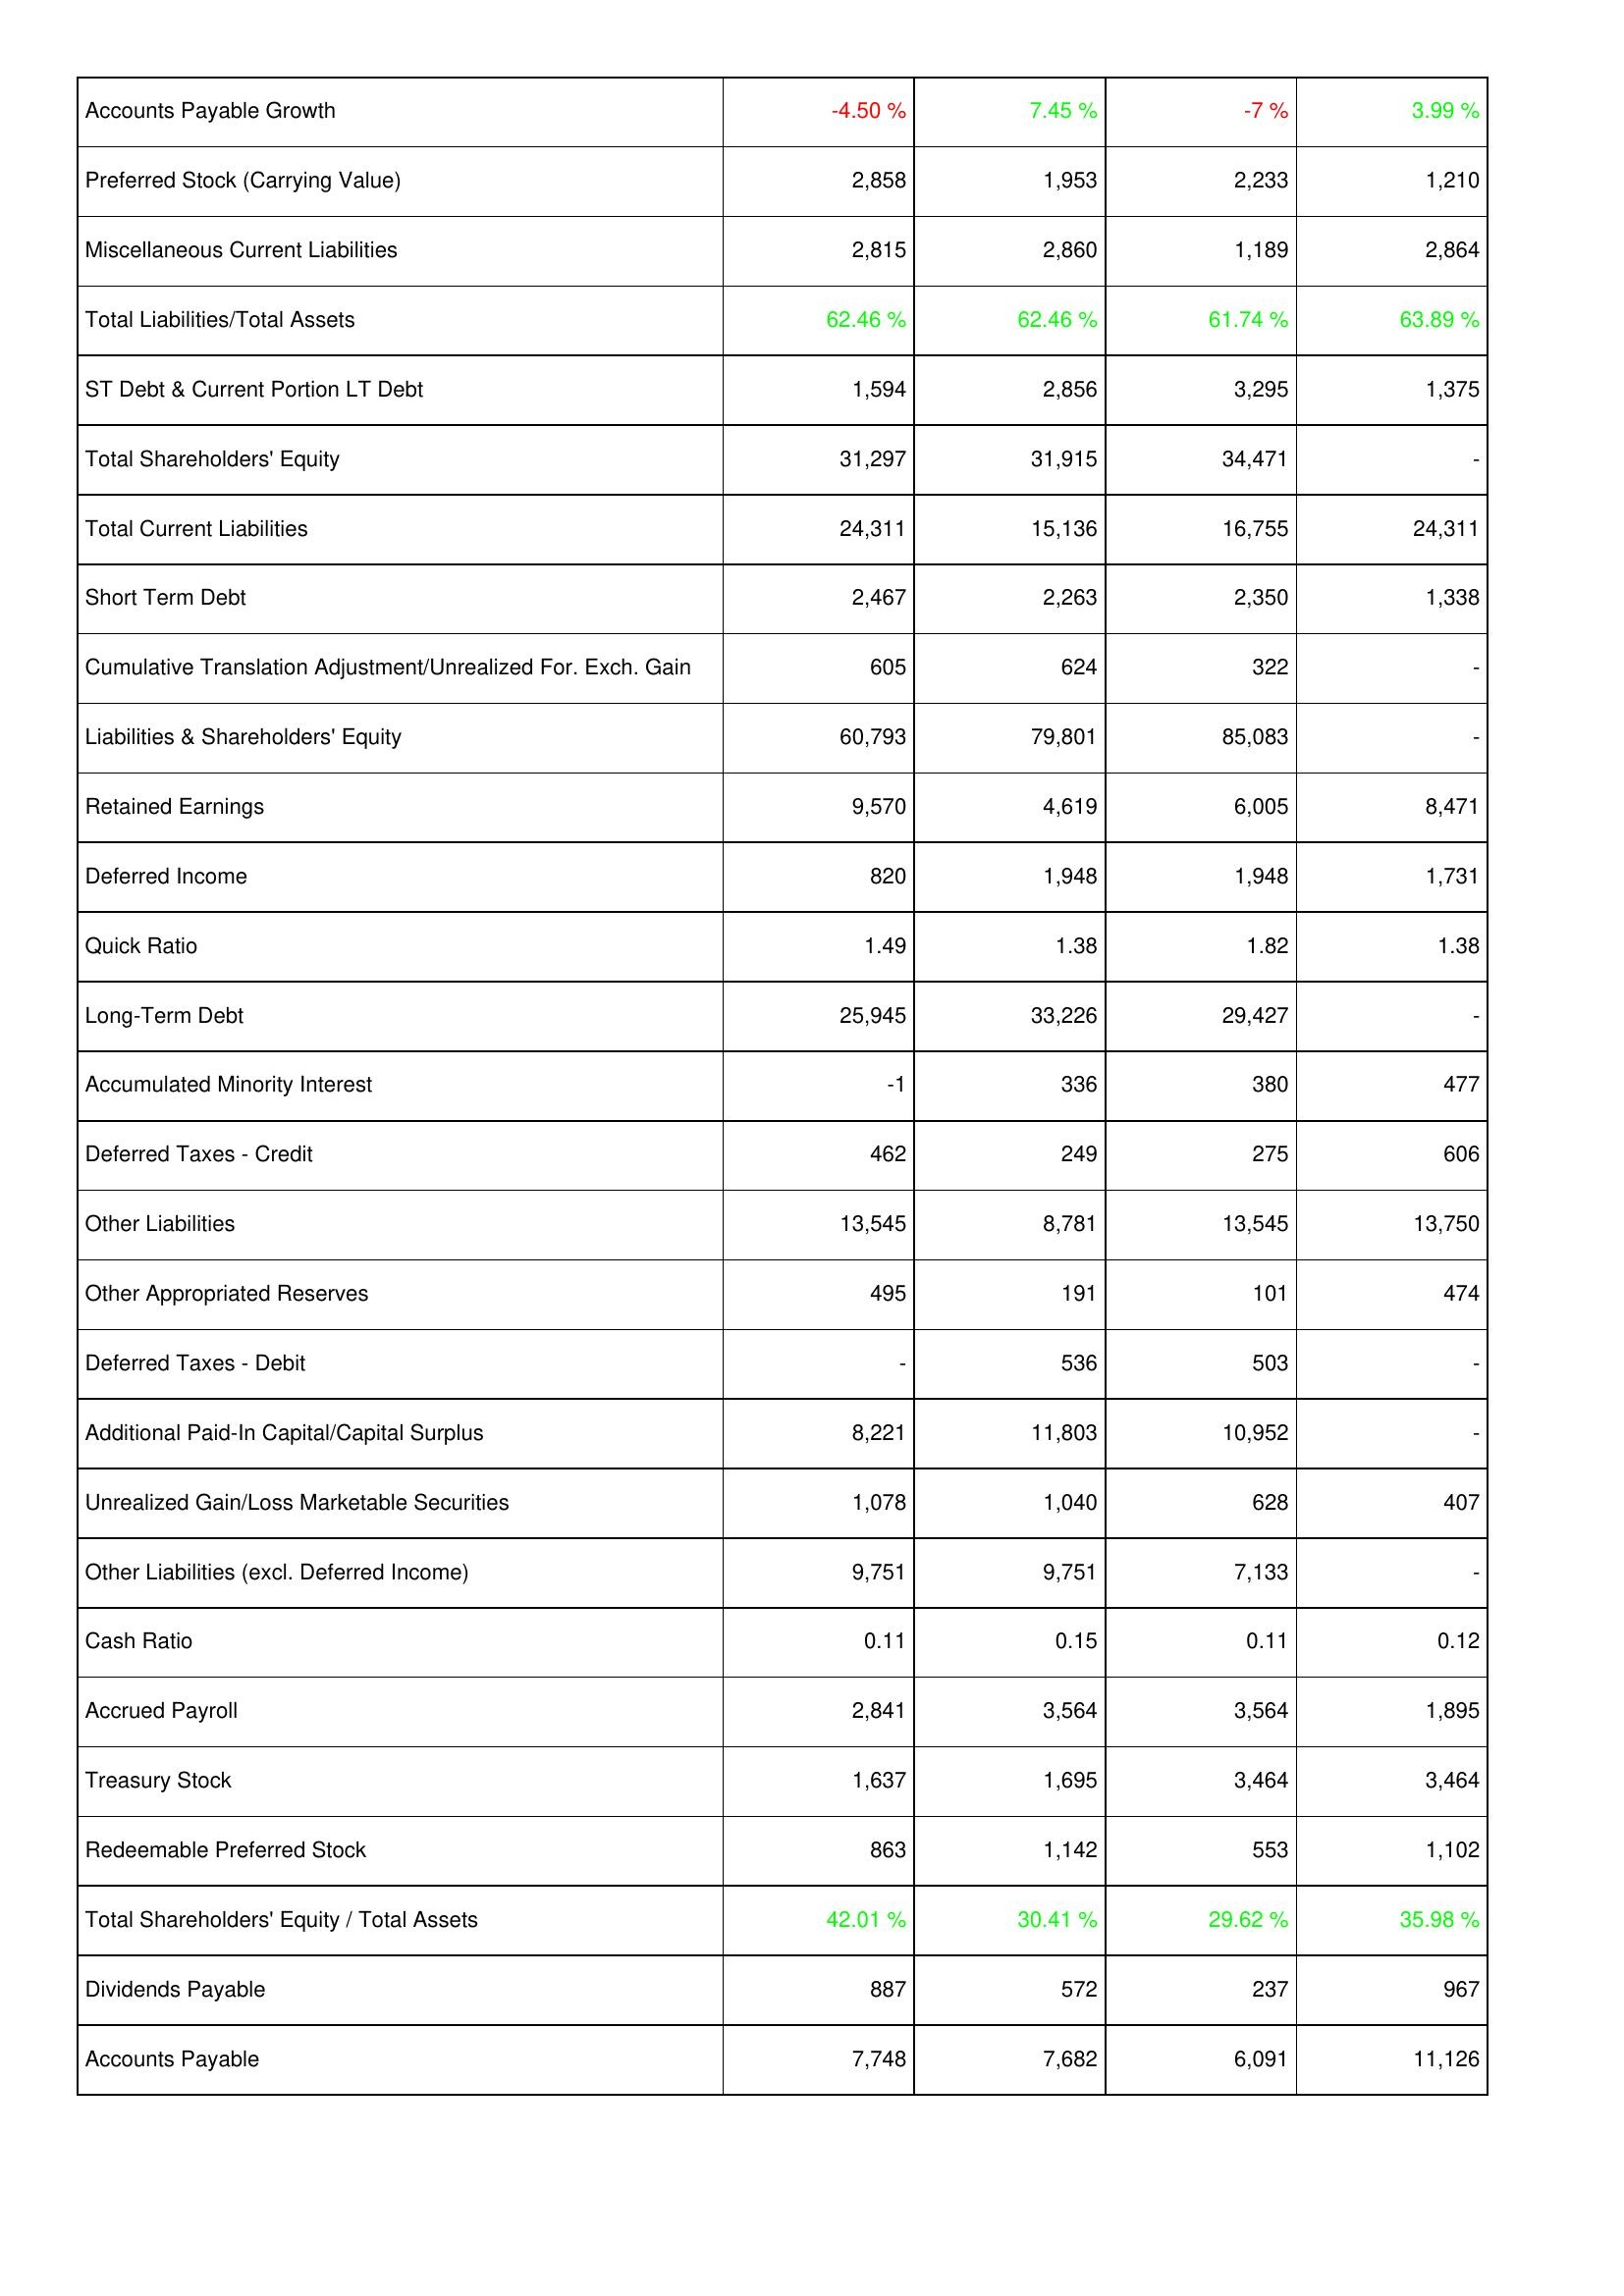
2021: Liabilities & Shareholders' Equity: Accounts Payable Growth: -4.50 %
Preferred Stock (Carrying Value): 2,858
Miscellaneous Current Liabilities: 2,815
Total Liabilities/Total Assets: 62.46 %
ST Debt & Current Portion LT Debt: 1,594
Total Shareholders' Equity: 31,297
Total Current Liabilities: 24,311
Short Term Debt: 2,467
Cumulative Translation Adjustment/Unrealized For. Exch. Gain: 605
Liabilities & Shareholders' Equity: 60,793
Retained Earnings: 9,570
Deferred Income: 820
Quick Ratio: 1.49
Long-Term Debt: 25,945
Accumulated Minority Interest: -1
Deferred Taxes - Credit: 462
Other Liabilities: 13,545
Other Appropriated Reserves: 495
Deferred Taxes - Debit: -
Additional Paid-In Capital/Capital Surplus: 8,221
Unrealized Gain/Loss Marketable Securities: 1,078
Other Liabilities (excl. Deferred Income): 9,751
Cash Ratio: 0.11
Accrued Payroll: 2,841
Treasury Stock: 1,637
Redeemable Preferred Stock: 863
Total Shareholders' Equity / Total Assets: 42.01 %
Dividends Payable: 887
Accounts Payable: 7,748
2022: Liabilities & Shareholders' Equity: Accounts Payable Growth: 7.45 %
Preferred Stock (Carrying Value): 1,953
Miscellaneous Current Liabilities: 2,860
Total Liabilities/Total Assets: 62.46 %
ST Debt & Current Portion LT Debt: 2,856
Total Shareholders' Equity: 31,915
Total Current Liabilities: 15,136
Short Term Debt: 2,263
Cumulative Translation Adjustment/Unrealized For. Exch. Gain: 624
Liabilities & Shareholders' Equity: 79,801
Retained Earnings: 4,619
Deferred Income: 1,948
Quick Ratio: 1.38
Long-Term Debt: 33,226
Accumulated Minority Interest: 336
Deferred Taxes - Credit: 249
Other Liabilities: 8,781
Other Appropriated Reserves: 191
Deferred Taxes - Debit: 536
Additional Paid-In Capital/Capital Surplus: 11,803
Unrealized Gain/Loss Marketable Securities: 1,040
Other Liabilities (excl. Deferred Income): 9,751
Cash Ratio: 0.15
Accrued Payroll: 3,564
Treasury Stock: 1,695
Redeemable Preferred Stock: 1,142
Total Shareholders' Equity / Total Assets: 30.41 %
Dividends Payable: 572
Accounts Payable: 7,682
2023: Liabilities & Shareholders' Equity: Accounts Payable Growth: -7 %
Preferred Stock (Carrying Value): 2,233
Miscellaneous Current Liabilities: 1,189
Total Liabilities/Total Assets: 61.74 %
ST Debt & Current Portion LT Debt: 3,295
Total Shareholders' Equity: 34,471
Total Current Liabilities: 16,755
Short Term Debt: 2,350
Cumulative Translation Adjustment/Unrealized For. Exch. Gain: 322
Liabilities & Shareholders' Equity: 85,083
Retained Earnings: 6,005
Deferred Income: 1,948
Quick Ratio: 1.82
Long-Term Debt: 29,427
Accumulated Minority Interest: 380
Deferred Taxes - Credit: 275
Other Liabilities: 13,545
Other Appropriated Reserves: 101
Deferred Taxes - Debit: 503
Additional Paid-In Capital/Capital Surplus: 10,952
Unrealized Gain/Loss Marketable Securities: 628
Other Liabilities (excl. Deferred Income): 7,133
Cash Ratio: 0.11
Accrued Payroll: 3,564
Treasury Stock: 3,464
Redeemable Preferred Stock: 553
Total Shareholders' Equity / Total Assets: 29.62 %
Dividends Payable: 237
Accounts Payable: 6,091
2024: Liabilities & Shareholders' Equity: Accounts Payable Growth: 3.99 %
Preferred Stock (Carrying Value): 1,210
Miscellaneous Current Liabilities: 2,864
Total Liabilities/Total Assets: 63.89 %
ST Debt & Current Portion LT Debt: 1,375
Total Shareholders' Equity: -
Total Current Liabilities: 24,311
Short Term Debt: 1,338
Cumulative Translation Adjustment/Unrealized For. Exch. Gain: -
Liabilities & Shareholders' Equity: -
Retained Earnings: 8,471
Deferred Income: 1,731
Quick Ratio: 1.38
Long-Term Debt: -
Accumulated Minority Interest: 477
Deferred Taxes - Credit: 606
Other Liabilities: 13,750
Other Appropriated Reserves: 474
Deferred Taxes - Debit: -
Additional Paid-In Capital/Capital Surplus: -
Unrealized Gain/Loss Marketable Securities: 407
Other Liabilities (excl. Deferred Income): -
Cash Ratio: 0.12
Accrued Payroll: 1,895
Treasury Stock: 3,464
Redeemable Preferred Stock: 1,102
Total Shareholders' Equity / Total Assets: 35.98 %
Dividends Payable: 967
Accounts Payable: 11,126